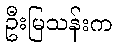
ဦးမြသန်းက